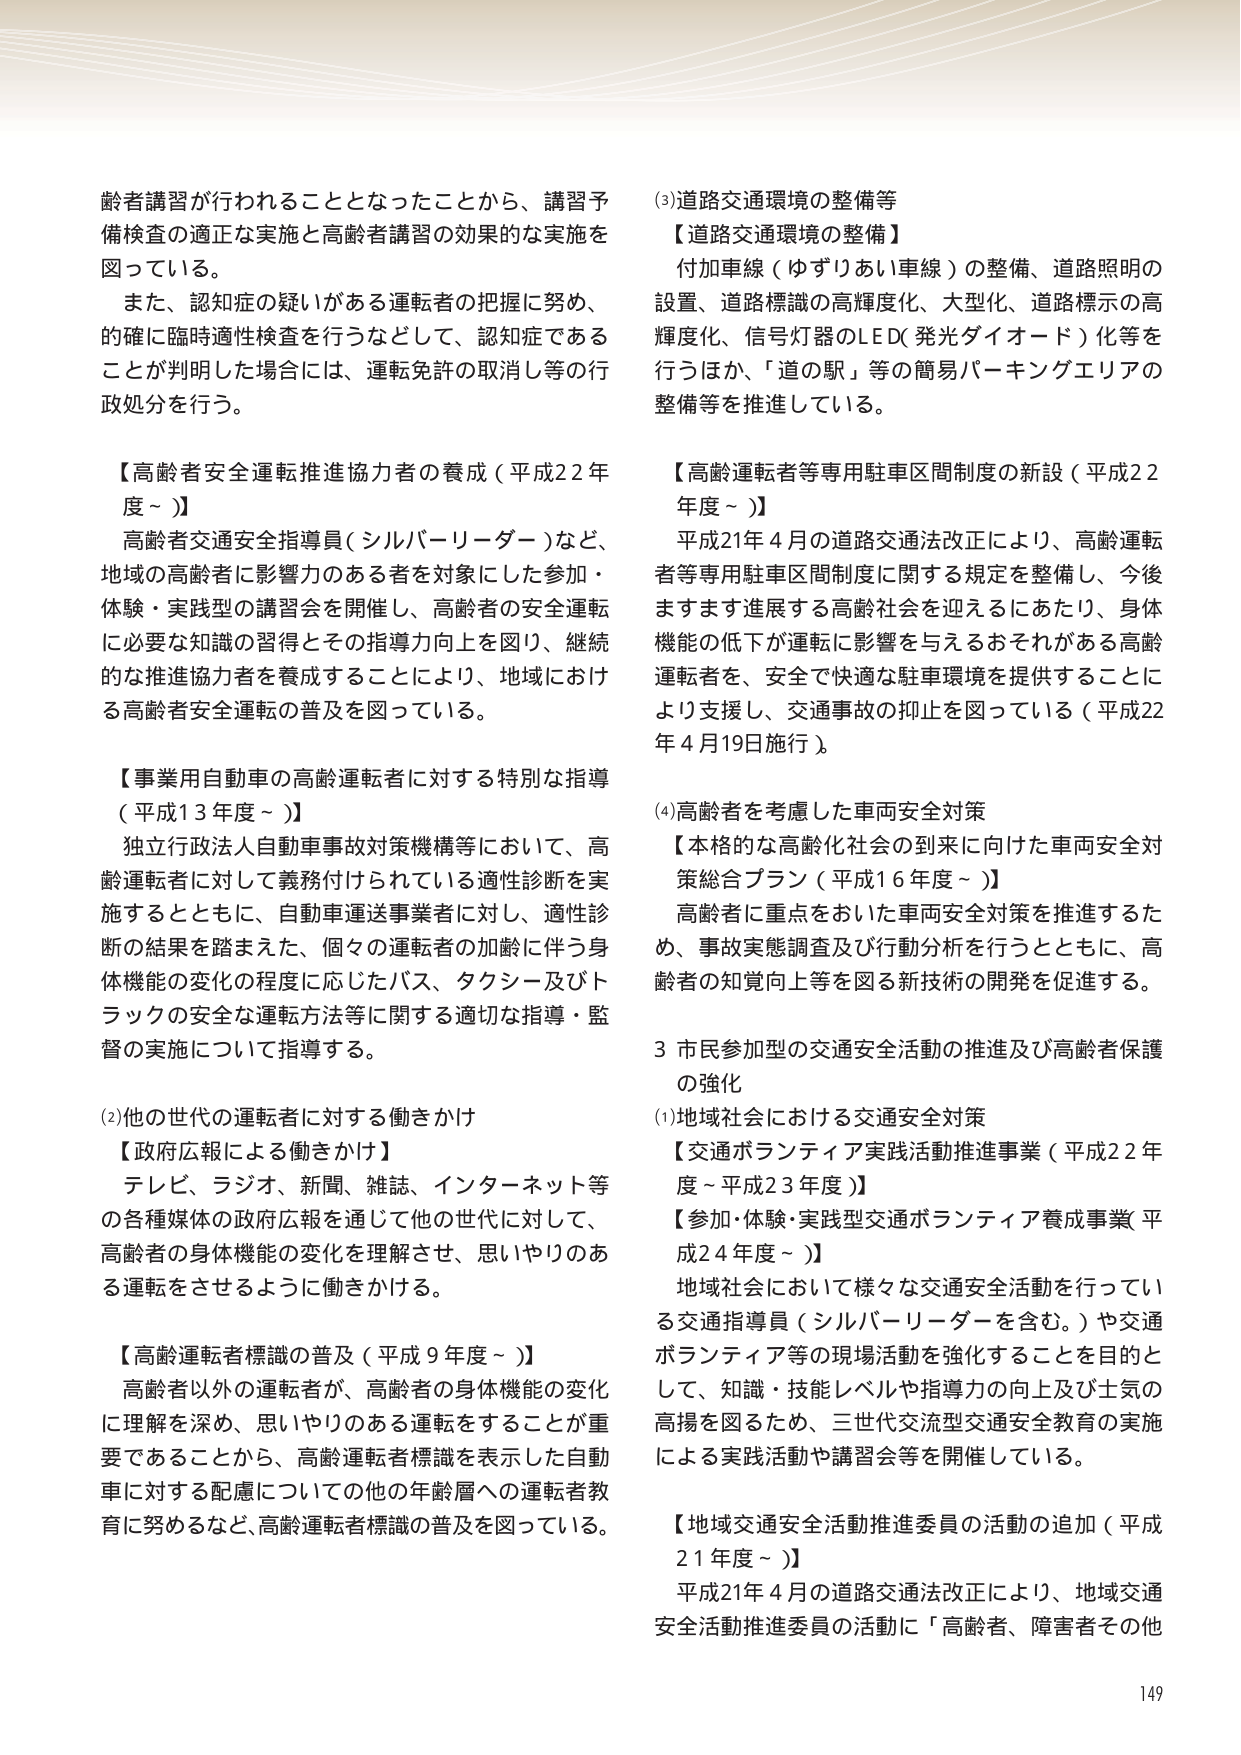
齢者講習が行われることとなったことから、講習予備検査の適正な実施と高齢者講習の効果的な実施を図っている。

また、認知症の疑いがある運転者の把握に努め、的確に臨時適性検査を行うなどして、認知症であることが判明した場合には、運転免許の取消し等の行政処分を行う。

【高齢者安全運転推進協力者の養成（平成22年度～）】
高齢者交通安全指導員（シルバーリーダー）など、地域の高齢者に影響力のある者を対象にした参加・体験・実践型の講習会を開催し、高齢者の安全運転に必要な知識の習得とその指導力向上を図り、継続的な推進協力者を養成することにより、地域における高齢者安全運転の普及を図っている。

【事業用自動車の高齢運転者に対する特別な指導（平成13年度～）】
独立行政法人自動車事故対策機構等において、高齢運転者に対して義務付けられている適性診断を実施するとともに、自動車運送事業者に対し、適性診断の結果を踏まえた、個々の運転者の加齢に伴う身体機能の変化の程度に応じたバス、タクシー及びトラックの安全な運転方法等に関する適切な指導・監督の実施について指導する。

(2)他の世代の運転者に対する働きかけ
【政府広報による働きかけ】
テレビ、ラジオ、新聞、雑誌、インターネット等の各種媒体の政府広報を通じて他の世代に対して、高齢者の身体機能の変化を理解させ、思いやりのある運転をさせるように働きかける。

【高齢運転者標識の普及（平成9年度～）】
高齢者以外の運転者が、高齢者の身体機能の変化に理解を深め、思いやりのある運転をすることが重要であることから、高齢運転者標識を表示した自動車に対する配慮についての他の年齢層への運転者教育に努めるなど、高齢運転者標識の普及を図っている。

(3)道路交通環境の整備等
【道路交通環境の整備】
付加車線（ゆずりあい車線）の整備、道路照明の設置、道路標識の高輝度化、大型化、道路標示の高輝度化、信号灯器のLED（発光ダイオード）化等を行うほか、「道の駅」等の簡易パーキングエリアの整備等を推進している。

【高齢運転者等専用駐車区間制度の新設（平成22年度～）】
平成21年4月の道路交通法改正により、高齢運転者等専用駐車区間制度に関する規定を整備し、今後ますます進展する高齢社会を迎えるにあたり、身体機能の低下が運転に影響を与えるおそれがある高齢運転者を、安全で快適な駐車環境を提供することにより支援し、交通事故の抑止を図っている（平成22年4月19日施行）。

(4)高齢者を考慮した車両安全対策
【本格的な高齢化社会の到来に向けた車両安全対策総合プラン（平成16年度～）】
高齢者に重点をおいた車両安全対策を推進するため、事故実態調査及び行動分析を行うとともに、高齢者の知覚向上等を図る新技術の開発を促進する。

3 市民参加型の交通安全活動の推進及び高齢者保護の強化
(1)地域社会における交通安全対策
【交通ボランティア実践活動推進事業（平成22年度～平成23年度）】
【参加・体験・実践型交通ボランティア養成事業（平成24年度～）】
地域社会において様々な交通安全活動を行っている交通指導員（シルバーリーダーを含む。）や交通ボランティア等の現場活動を強化することを目的として、知識・技能レベルや指導力の向上及び士気の高揚を図るため、三世代交流型交通安全教育の実施による実践活動や講習会等を開催している。

【地域交通安全活動推進委員の活動の追加（平成21年度～）】
平成21年4月の道路交通法改正により、地域交通安全活動推進委員の活動に「高齢者、障害者その他

149